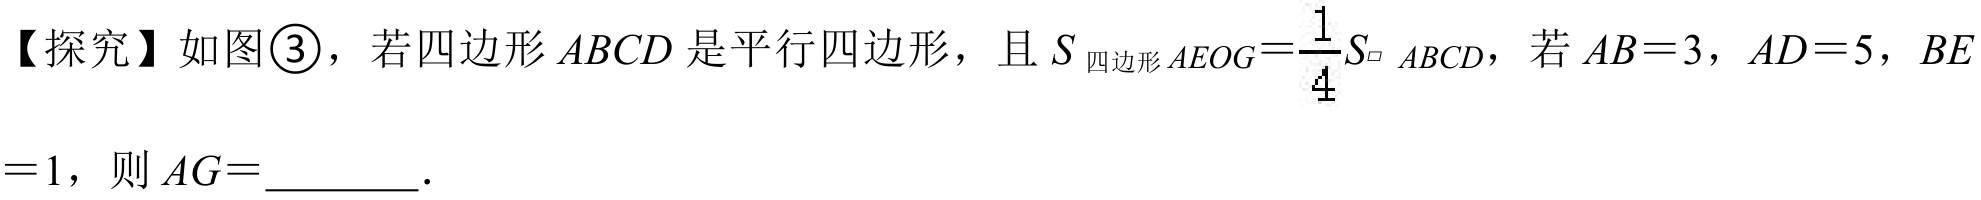
【探究】如图\textcircled{3}，若四边形\(ABCD\)是平行四边形，且\(S_{四边形 AEOG}=\frac{1}{4}S_{\square ABCD}\)，若\(AB = 3\)，\(AD = 5\)，\(BE\)
\(= 1\)，则\(AG =\) ________.